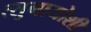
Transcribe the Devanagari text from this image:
त्सुनायोशी